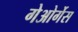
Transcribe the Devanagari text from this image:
गेओर्गेस